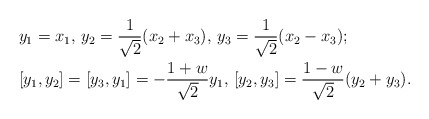
\begin{align*} &y_1=x_1, \, y_2=\frac{1}{\sqrt{2}}(x_2+x_3), \, y_3=\frac{1}{\sqrt{2}}(x_2-x_3);\\ &[y_1,y_2]=[y_3,y_1]=-\frac{1+w}{\sqrt{2}}y_1, \, [y_2,y_3]=\frac{1-w}{\sqrt{2}}(y_2+y_3).\end{align*}